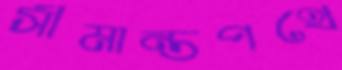
সীমান্তপথে